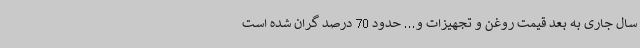
سال جاری به بعد قیمت روغن و تجهیزات و... حدود 70 درصد گران شده است